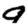
Digit: 9